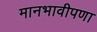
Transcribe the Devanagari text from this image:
मानभावीपणा